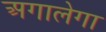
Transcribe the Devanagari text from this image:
अगालेगा